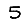
Digit: 5